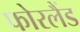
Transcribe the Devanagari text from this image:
फोरलैंड